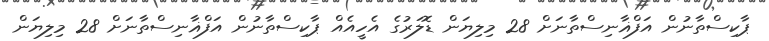
ޕާކިސްތާނުން އަފްޣާނިސްތާނަށް 28 މިލިޔަން ޑޮލަރުގެ އެހީއެއް ޕާކިސްތާނުން އަފްޣާނިސްތާނަށް 28 މިލިޔަން